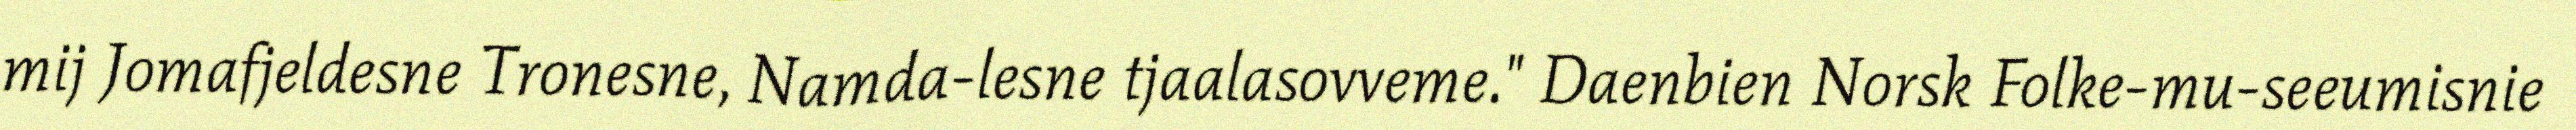
mij Jomafjeldesne Tronesne, Namda-lesne tjaalasovveme." Daenbien Norsk Folke-mu-seeumisnie